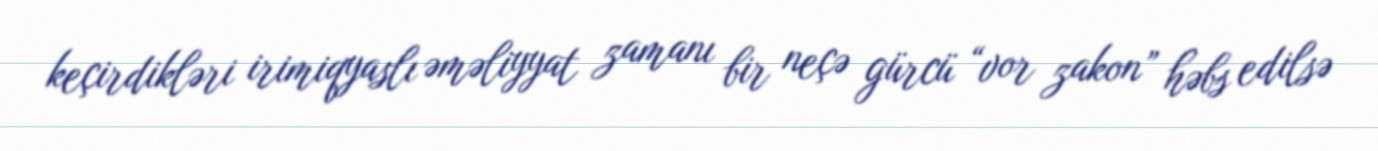
keçirdikləri irimiqyaslı əməliyyat zamanı bir neçə gürcü “vor zakon” həbs edilsə